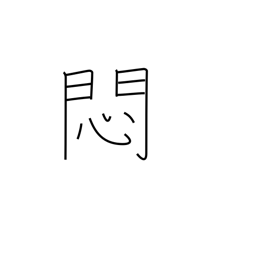
Meaning: worry